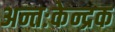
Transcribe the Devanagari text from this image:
अन्तःकेन्द्रक